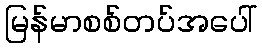
မြန်မာစစ်တပ်အပေါ်